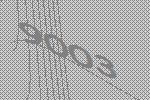
9003